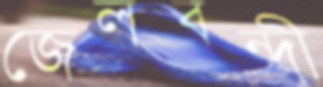
জেলবন্দী